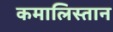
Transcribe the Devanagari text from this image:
कमालिस्तान